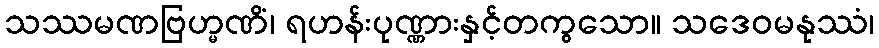
သဿမဏဗြဟ္မဏိံ၊ ရဟန်းပုဏ္ဏားနှင့်တကွသော။ သဒေဝမနုဿံ၊